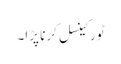
ٹور کینسل کرنا پڑا۔